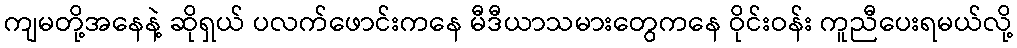
ကျမတို့အနေနဲ့ ဆိုရှယ် ပလက်ဖောင်းကနေ မီဒီယာသမားတွေကနေ ဝိုင်းဝန်း ကူညီပေးရမယ်လို့